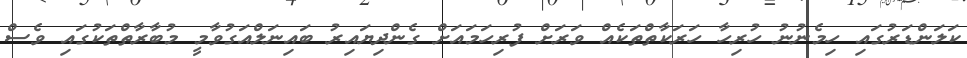
ކަލަންޑަރުގައި ހިމެނުނު ހުރިހާ ހަރަކާތްތަކެއް ވަރަށް ފުރިހަމައަށް ގެންދިޔައިރު ބައިނަލްއަގުވާމީ މުބާރާތްތަކުގައި ވެސް